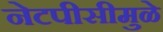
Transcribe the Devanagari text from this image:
नेटपीसीमुळे